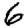
Digit: 6